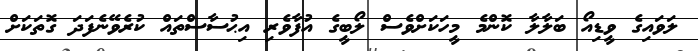
ލަވައިގެ ވީޑިއޯ ބަލާލާ ކޮންމެ މީހަކަށްވެސް ލޯބީގެ އުފާވެރި އިޙުސާސްތައް ކުރެވޭނެފަދަ ގޮތަކަށް